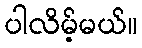
ပါလိမ့်မယ်။